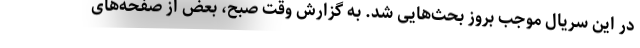
در این سریال موجب بروز بحث‌هایی شد. به گزارش وقت صبح، بعض از صفحه‌های